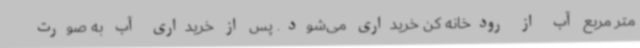
متر مربع آب از رودخانه کن خریداری می‌شود. پس از خریداری آب به صورت